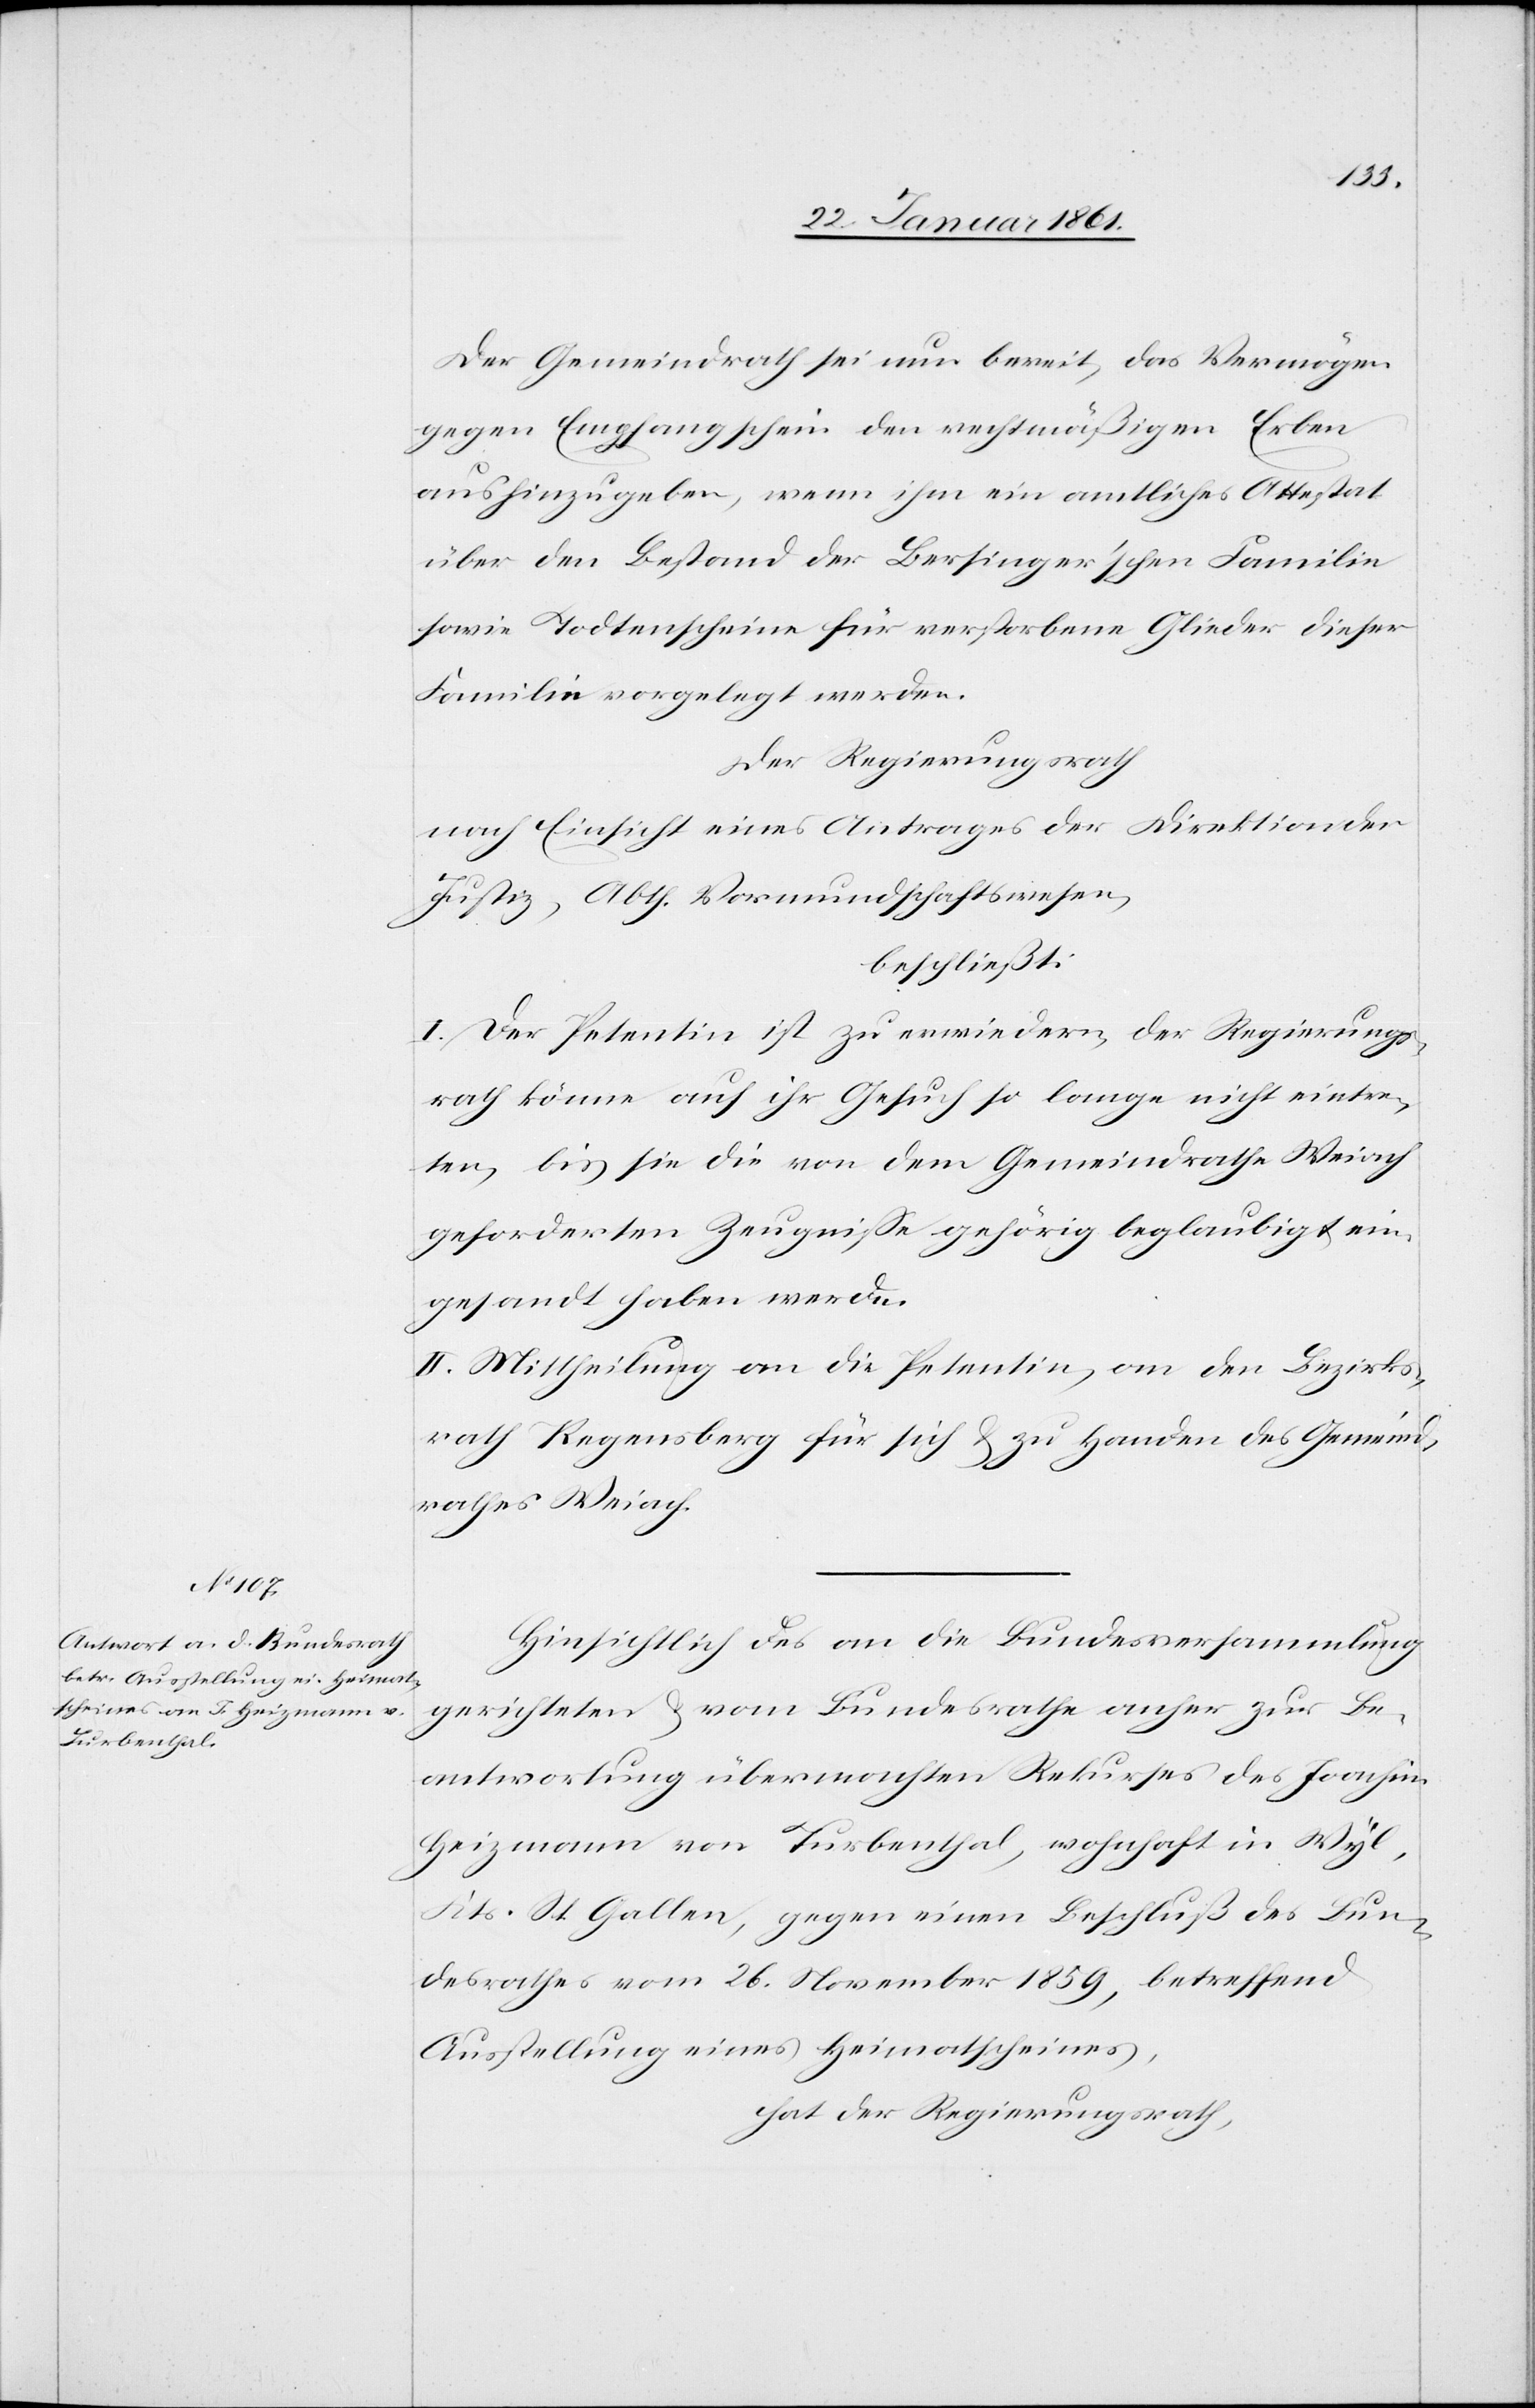
Der Gemeindrath sei nun bereit, das Vermögen
gegen Empfangschein den rechtmäßigen Erben
aushinzugeben, wenn ihm ein amtliches Attestat
über den Bestand der Bersinger’schen Familie
sowie Todtenscheine für verstorbene Glieder dieser
Familie vorgelegt werden.
Der Regierungsrath
nach Einsicht eines Antrages der Direktion der
Justiz, Abth. Vormundschaftswesen,
beschließt:
I. Der Petentin ist zu erwiedern, der Regierungs¬
rath könne auf ihr Gesuch so lange nicht eintre¬
ten, bis sie die von dem Gemeindrathe Weiach
geforderten Zeugnisse gehörig beglaubigt ein¬
gesandt haben werde.
II. Mittheilung an die Petentin, an den Bezirks¬
rath Regensberg für sich u. zu Handen des Gemeind¬
rathes Weiach.
Hinsichtlich des an die Bundesversammlung
gerichteten u. vom Bundesrathe anher zur Be¬
antwortung übermachten Rekurses des Joachim
Heizmann von Turbenthal, wohnhaft in Wyl,
Kts. St. Gallen, gegen einen Beschluß des Bun¬
desrathes vom 26. November 1859, betreffend
Ausstellung eines Heimatscheines,
hat der Regierungsrath,